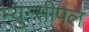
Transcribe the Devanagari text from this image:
म्युन्सीपल